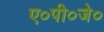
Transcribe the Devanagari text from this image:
ए०पी०जे०